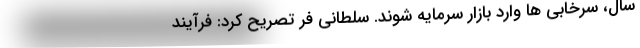
سال، سرخابی ها وارد بازار سرمایه شوند. سلطانی فر تصریح کرد: فرآیند